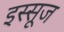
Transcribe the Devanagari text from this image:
इस्सूज